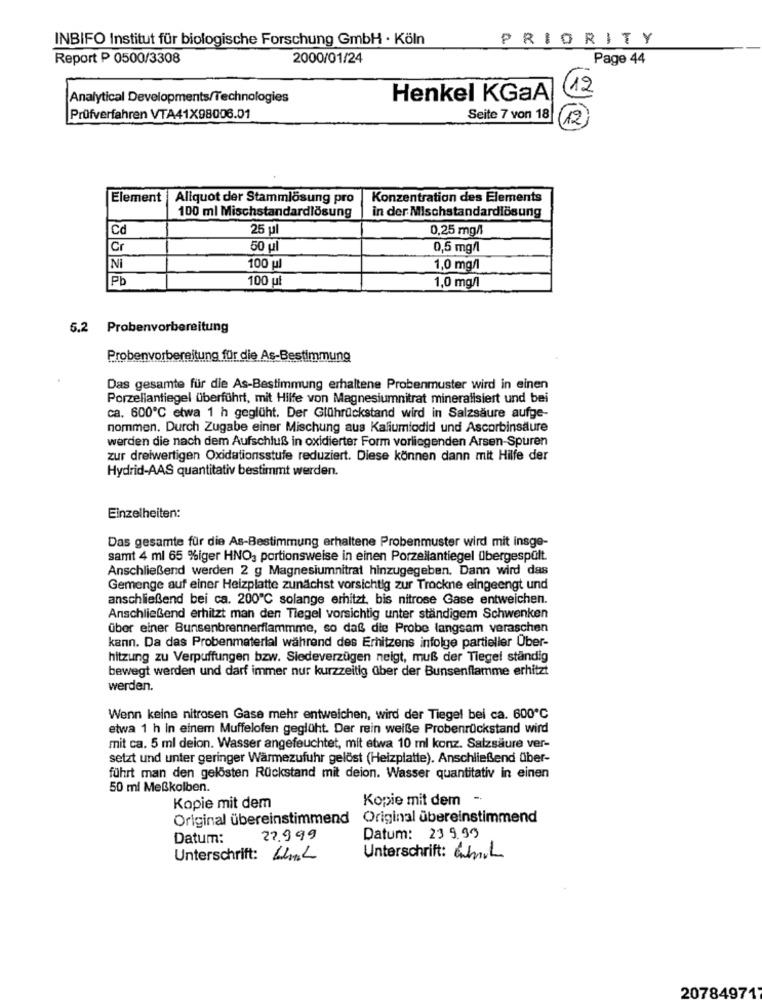
INBIFO Institut für biologische Forschung GmbH · Köln
PRIORITY
Report P 0500/3308
2000/01/24
Page 44
12
Analytical Developments/Technologies
Henkel KGaA
Prüfverfahren VTA41X98006.01
Seite 7 von 18
12
Element
Aliquot der Stammlösung pro
Konzentration des Elements
100 ml Mischstandardlösung
in der Mischstandardlösung
Cd
25 ul
0,25 mg/l
Cr
50 ul
0,5 mg/l
Ni
100 ul
1,0 mg/l
Pb
100 ul
1,0 mg/l
5.2 Probenvorbereitung
Probenvorbereitung für die As-Bestimmung
Das gesamte für die As-Bestimmung erhaltene Probenmuster wird in einen
Porzellantiegel überführt, mit Hilfe von Magnesiumnitrat mineralisiert und bei
ca. 600℃ etwa 1 h geglüht. Der Glührückstand wird in Salzsäure aufge-
nommen. Durch Zugabe einer Mischung aus Kaliumiodid und Ascorbinsäure
werden die nach dem Aufschluß in oxidierter Form vorliegenden Arsen-Spuren
zur dreiwertigen Oxidationsstufe reduziert. Diese können dann mit Hilfe der
Hydrid-AAS quantitativ bestimmt werden.
Einzelheiten:
Das gesamte für die As-Bestimmung erhaltene Probenmuster wird mit insge-
samt 4 ml 65 %iger HNO3 portionsweise in einen Porzellantiegel Übergespült.
Anschließend werden 2 g Magnesiumnitrat hinzugegeben. Dann wird das
Gemenge auf einer Heizplatte zunächst vorsichtig zur Trockne eingeengt und
anschließend bei ca. 200℃ solange erhitzt, bis nitrose Gase entweichen.
Anschließend erhitzt man den Tlegel vorsichtig unter ständigem Schwenken
über einer Bunsenbrennerflammme, so daß die Probe langsam veraschen
kann. Da das Probenmaterial während des Erhitzens infolge partieller Über-
hitzung zu Verpuffungen bzw. Siedeverzügen neigt, muß der Tiegel ständig
bewegt werden und darf immer nur kurzzeitig über der Bunsenflamme erhitzt
werden.
Wenn keine nitrosen Gase mehr entweichen, wird der Tiegel bei ca. 600℃
etwa 1 h in einem Muffelofen geglüht. Der rein weiße Probenrückstand wird
mit ca. 5 ml deion. Wasser angefeuchtet, mit etwa 10 ml konz. Salzsäure ver-
setzt und unter geringer Wärmezufuhr gelöst (Heizplatte). Anschließend über-
führt man den gelösten Rückstand mit deion. Wasser quantitativ in einen
50 ml Meßkolben.
Kopie mit dem
Kopie mit dem
Original übereinstimmend Original übereinstimmend
Datum:
22.9 99
Datum: 239.99
Unterschrift: 44ml
Unterschrift: Emil
20784971